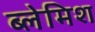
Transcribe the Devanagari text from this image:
ब्लेमिश